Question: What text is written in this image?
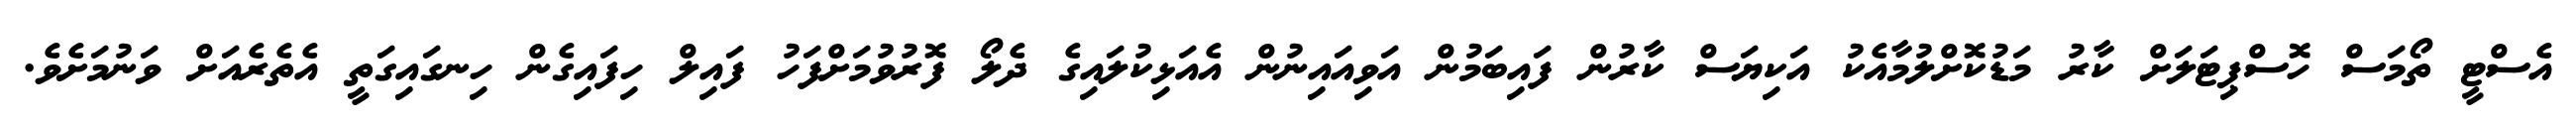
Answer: އެސްޓީ ތޯމަސް ހޮސްޕިޓަލަށް ކާރު މަޑުކޮށްލުމާއެކު އަކިޔަސް ކާރުން ފައިބަމުން އަވިއައިނުން އެއަޅިކުލައިގެ ދެލޯ ފޮރުވުމަށްފަހު ފައިލް ހިފައިގެން ހިނގައިގަތީ އެތެރެއަށް ވަނުމަށެވެ.